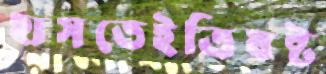
হাসতেইত্রিষষ্ট